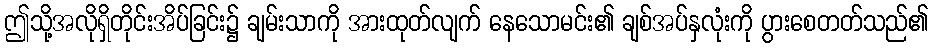
ဤသို့အလိုရှိတိုင်းအိပ်ခြင်း၌ ချမ်းသာကို အားထုတ်လျက် နေသောမင်း၏ ချစ်အပ်နှလုံးကို ပွားစေတတ်သည်၏